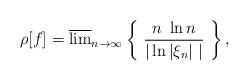
LaTeX: \begin{align*} \rho[f] = \overline{\lim}_{n \to \infty} \left\{ \ \frac{n \ \ln n}{|\ln |\xi_n| \ |} \ \right\},\end{align*}